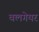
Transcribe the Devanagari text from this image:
वलगेयर